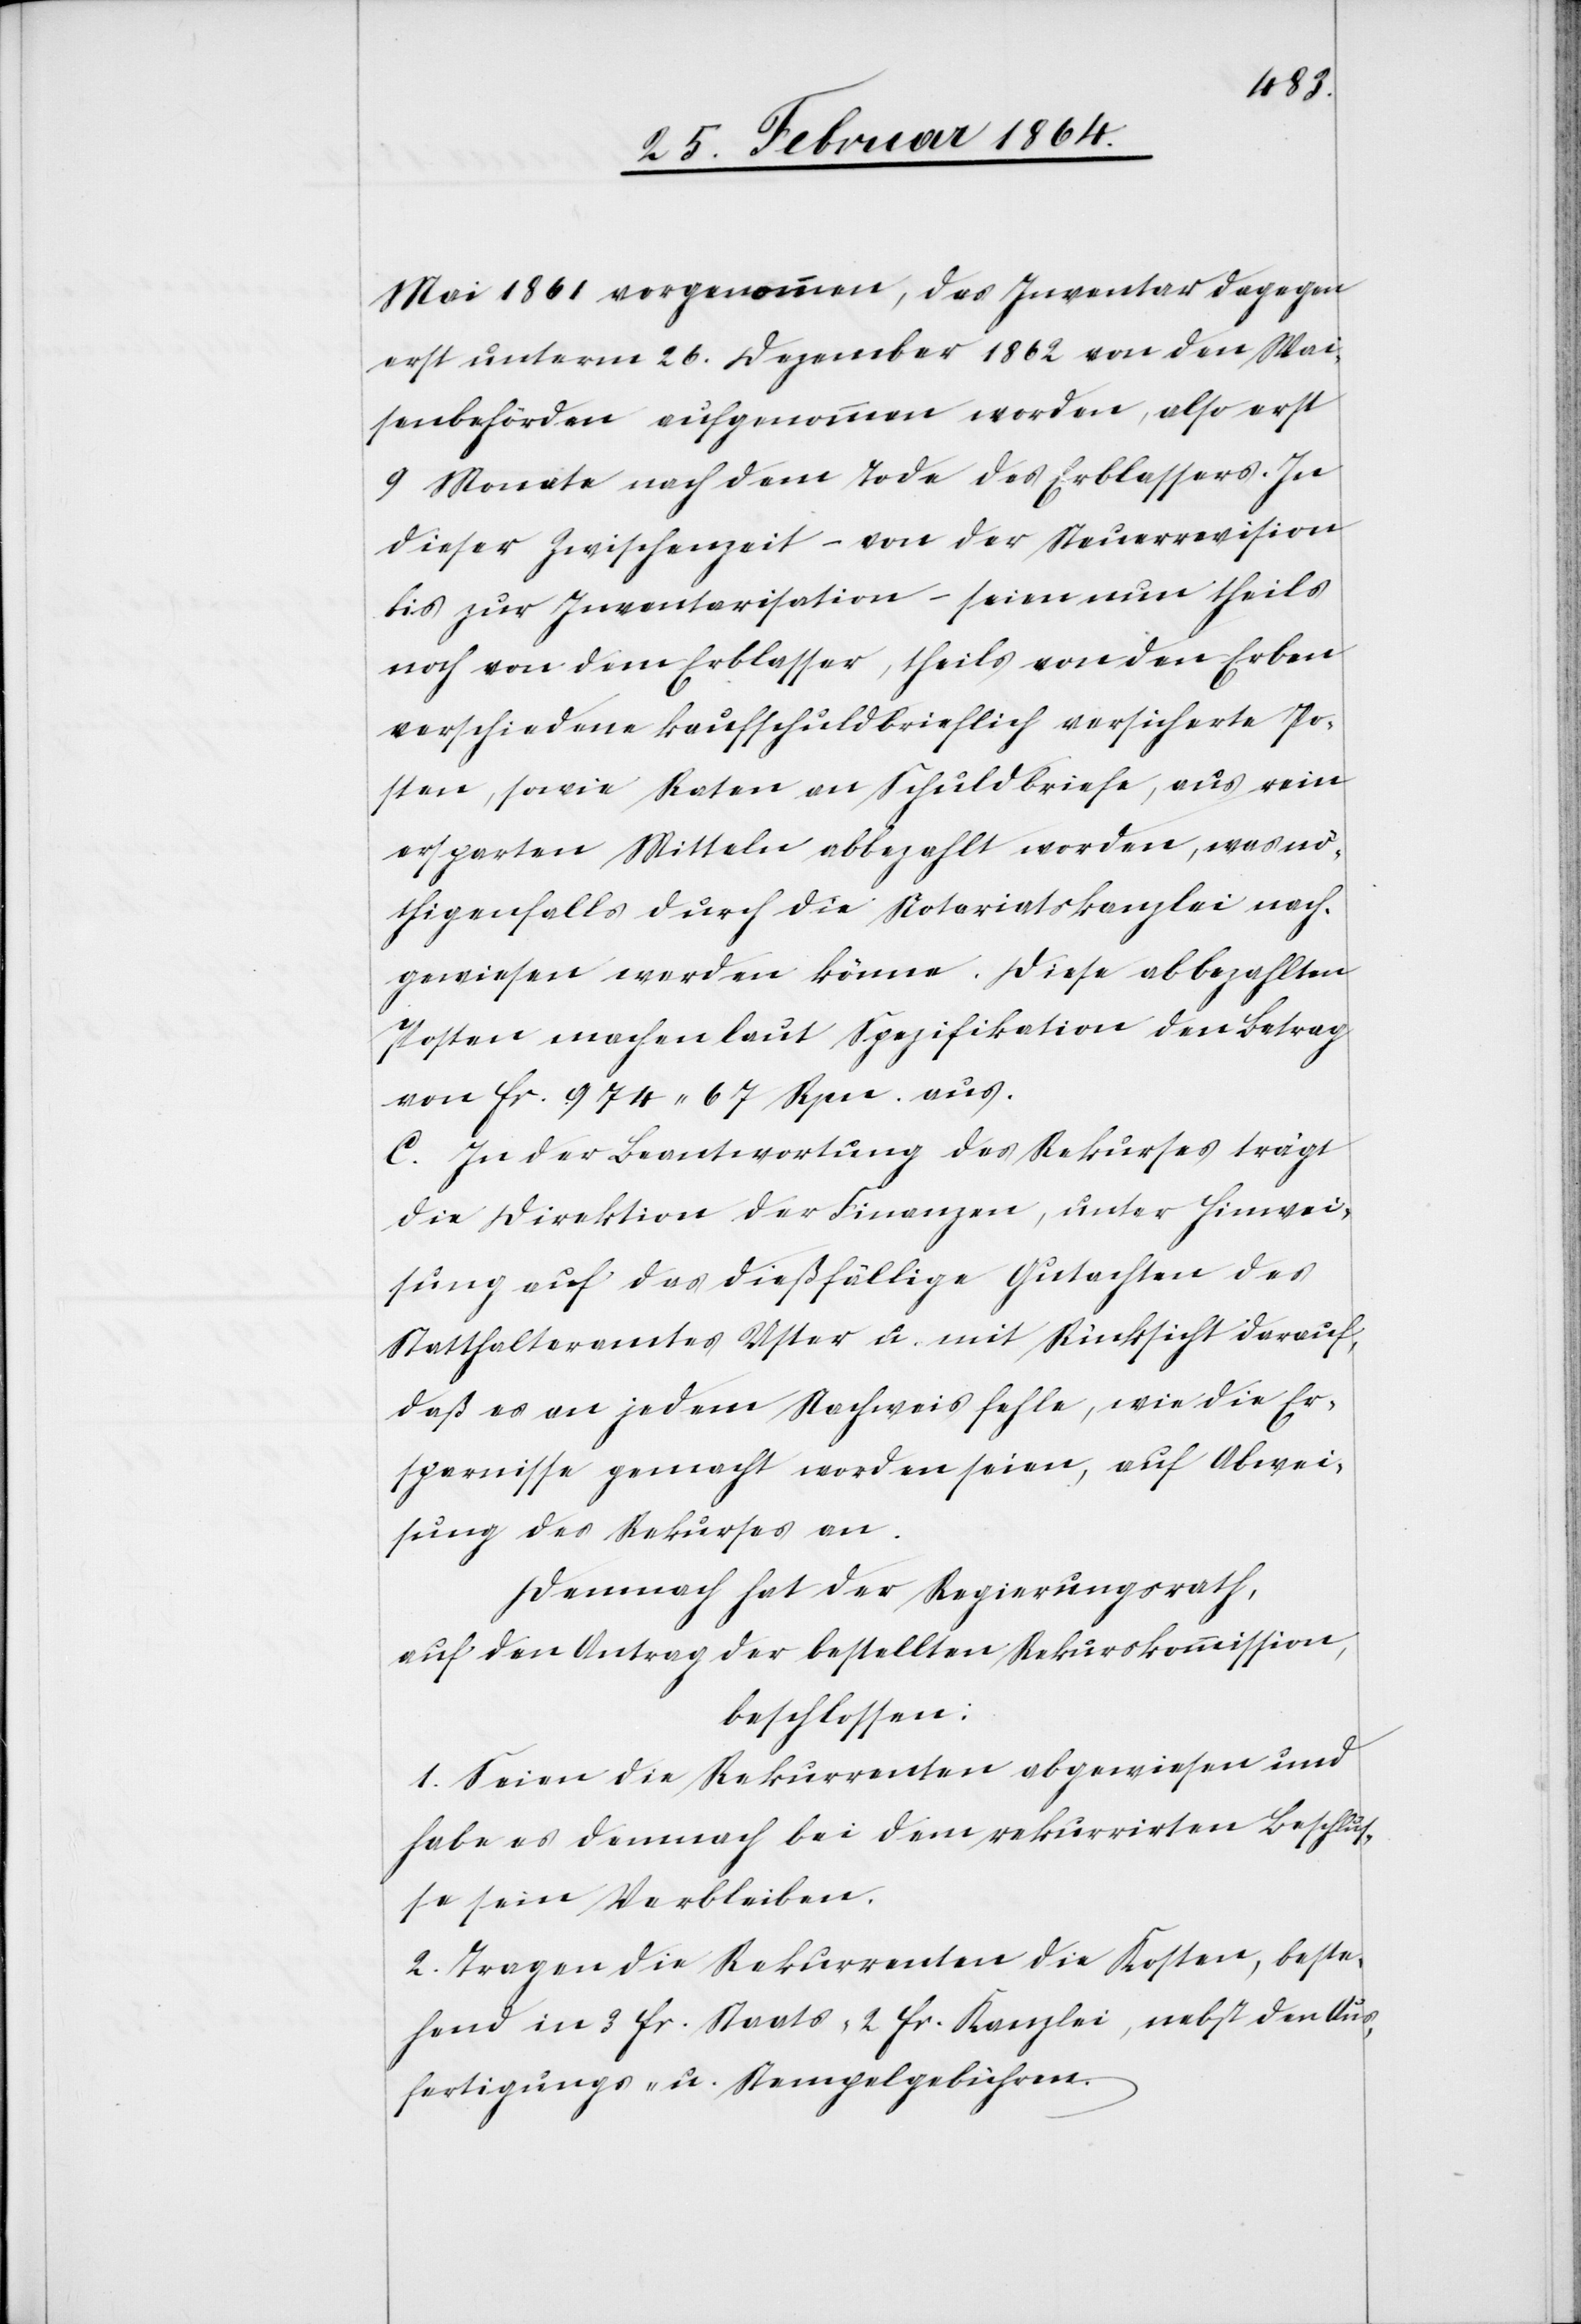
Mai 1861 vorgenommen, das Inventar dagegen
erst unterm 26. Dezember 1862 von den Wai¬
senbehörden aufgenommen worden, also erst
9 Monate nach dem Tode des Erblassers. In
dieser Zwischenzeit – von der Steuerrevision
bis zur Inventarisation – seien nun theils
noch von dem Erblasser, theils von den Erben
verschiedene kaufschuldbrieflich versicherte Po¬
sten, sowie Raten an Schuldbriefe, aus rein
ersparten Mitteln abbezahlt worden, was nö¬
thigenfalls durch die Notariatskanzlei nach¬
gewiesen werden könne. Diese abbezahlten
Posten machen laut Spezifikation den Betrag
von fr. 974 67 Rpn. aus.
C. In der Beantwortung des Rekurses trägt
die Direktion der Finanzen, unter Hinwei¬
sung auf das dießfällige Gutachten des
Statthalteramtes Uster u. mit Rücksicht darauf,
daß es an jedem Nachweis fehle, wie die Er¬
sparnisse gemacht worden seien, auf Abwei¬
sung des Rekurses an.
Demnach hat der Regierungsrath,
auf den Antrag der bestellten Rekurskommission,
beschlossen:
1. Seien die Rekurrenten abgewiesen und
habe es demnach bei dem rekurrirten Beschlus¬
se sein Verbleiben.
2. Tragen die Rekurrenten die Kosten, beste¬
hend in 3 fr. Staats- 2 fr. Kanzlei, nebst den Aus¬
fertigungs- u. Stempelgebühren.